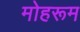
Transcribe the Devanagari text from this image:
मोहरूम